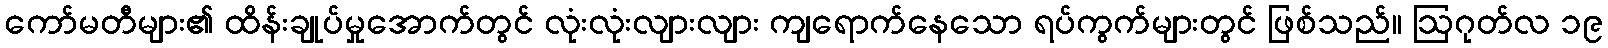
ကော်မတီများ၏ ထိန်းချုပ်မှုအောက်တွင် လုံးလုံးလျားလျား ကျရောက်နေသော ရပ်ကွက်များတွင် ဖြစ်သည်။ ဩဂုတ်လ ၁၉